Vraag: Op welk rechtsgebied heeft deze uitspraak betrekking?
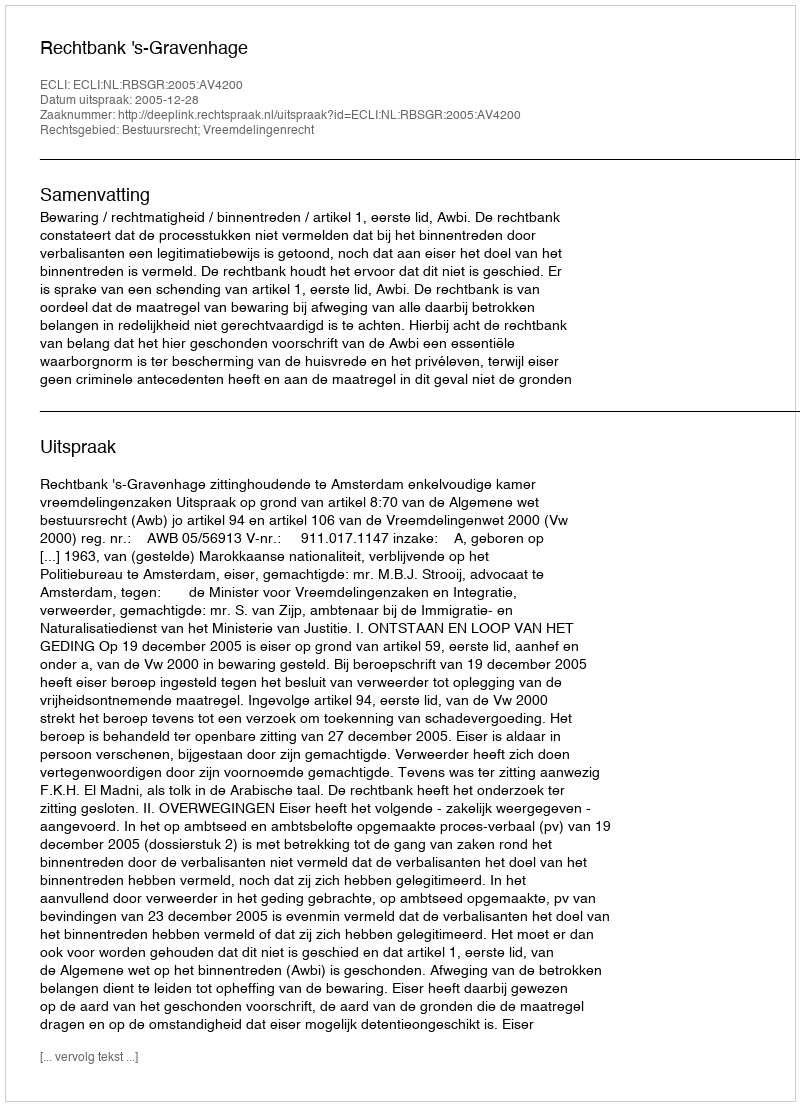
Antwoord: Bestuursrecht; Vreemdelingenrecht